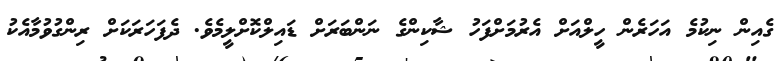
ގެއިން ނިކުމެ އަހަރެން ހީލްއަށް އެރުމަށްފަހު ޝާކިންގެ ނަންބަރަށް ޑައިލްކޮށްލީމެވެ. ދެފަހަރަކަށް ރިންގުވުމާއެކު